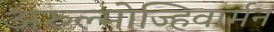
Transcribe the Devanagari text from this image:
अरुल्मोज्हिवार्मन